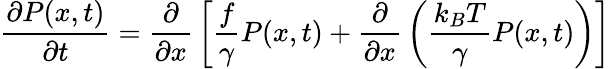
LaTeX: {\frac{\partial P(x,t)}{\partial t}}={\frac{\partial}{\partial x}}\left[{\frac{f}{\gamma}}P(x,t)+{\frac{\partial}{\partial x}}\left({\frac{k_{B}T}{\gamma}}P(x,t)\right)\right]